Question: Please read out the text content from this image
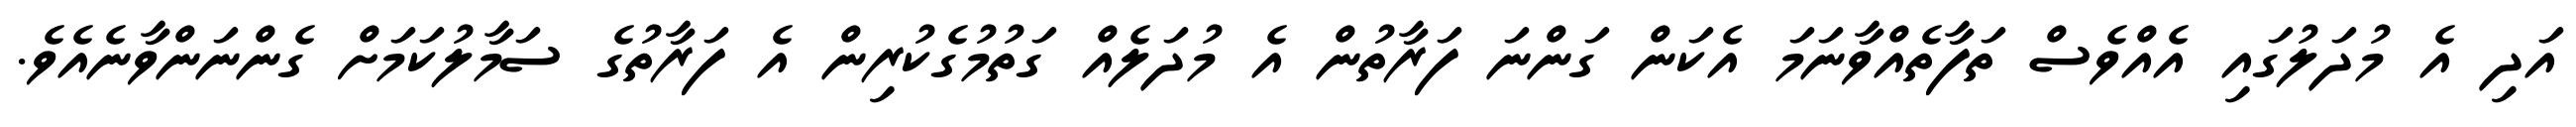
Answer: އަދި އެ މުދަލުގައި އެއްވެސް ތަފާތެއްވާނަމަ އެކަން ގަންނަ ފަރާތުން އެ މުދަލެއް ގަތުމުގެކުރިން އެ ފަރާތުގެ ސަމާލުކަމަށް ގެންނަންވާނެއެވެ.